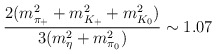
\begin{align*}{2(m_{\pi_+}^2+m_{K_+}^2+m_{K_0}^2)\over 3(m_{\eta}^2+m_{\pi_0}^2)} \sim 1.07\end{align*}